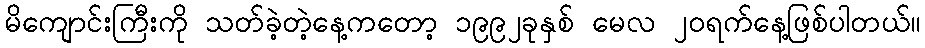
မိကျောင်းကြီးကို သတ်ခဲ့တဲ့နေ့ကတော့ ၁၉၉၂ခုနှစ် မေလ ၂၀ရက်နေ့ဖြစ်ပါတယ်။